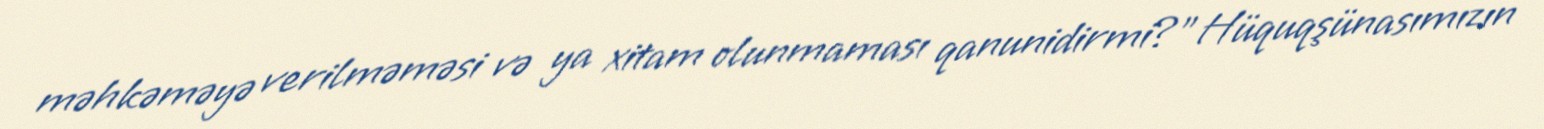
məhkəməyə verilməməsi və ya xitam olunmaması qanunidirmi?”Hüquqşünasımızın